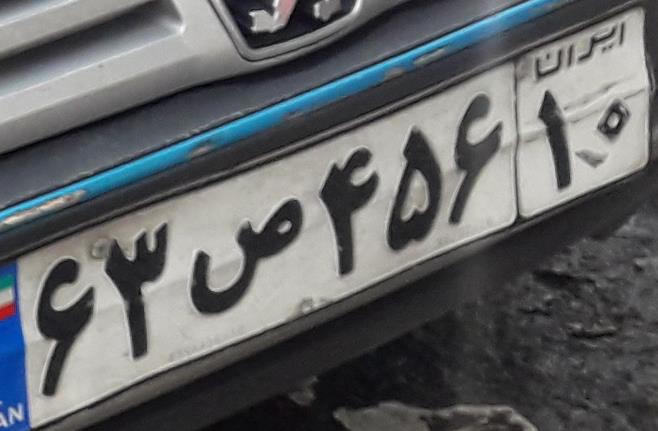
۶۳ص۴۵۶۱۰